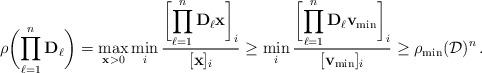
LaTeX: \begin{align*} \rho\biggl(\prod_{\ell=1}^n \mathbf{D}_\ell\biggr) = \max_{\mathbf{x}>0} \min_i \frac{\displaystyle\biggl[\prod_{\ell=1}^n \mathbf{D}_\ell \mathbf{x} \biggr]_i}{[\mathbf{x} ]_i} \geq \min_i \frac{\displaystyle\biggl[\prod_{\ell=1}^n \mathbf{D}_\ell \mathbf{v}_{\min}\biggr]_i}{[\mathbf{v}_{\min}]_i} \geq \rho_{\min}(\mathcal{D})^n\,.\end{align*}